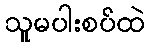
သူမပါးစပ်ထဲ